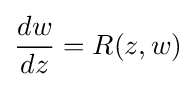
{\frac {dw}{dz}}=R(z,w)